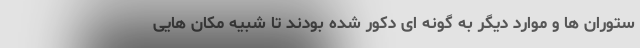
ستوران ها و موارد دیگر به گونه ای دکور شده بودند تا شبیه مکان هایی